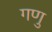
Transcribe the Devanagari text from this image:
गणु